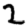
Digit: 2